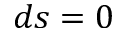
d s = 0